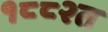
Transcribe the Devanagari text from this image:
१८८२त